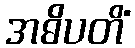
အဓိပတိံ